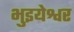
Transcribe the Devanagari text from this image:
भुइयेश्वर